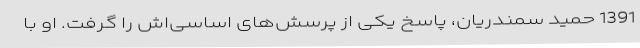
1391 حمید سمندریان، پاسخ یکی از پرسش‌های اساسی‌اش را گرفت. او با